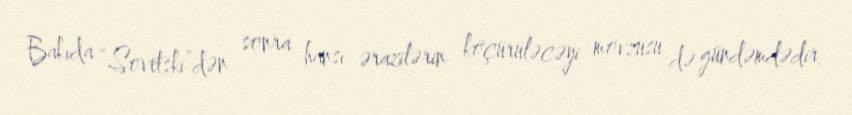
Bakıda “Sovetski”dən sonra hansı ərazilərin köçürüləcəyi mövzusu də gündəmdədir.